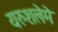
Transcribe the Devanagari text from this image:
यरुशलेमे